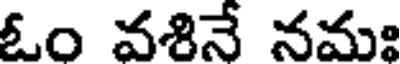
ఓం వశినే నమః